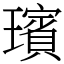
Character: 璸